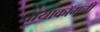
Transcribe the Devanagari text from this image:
वायाकॉमची